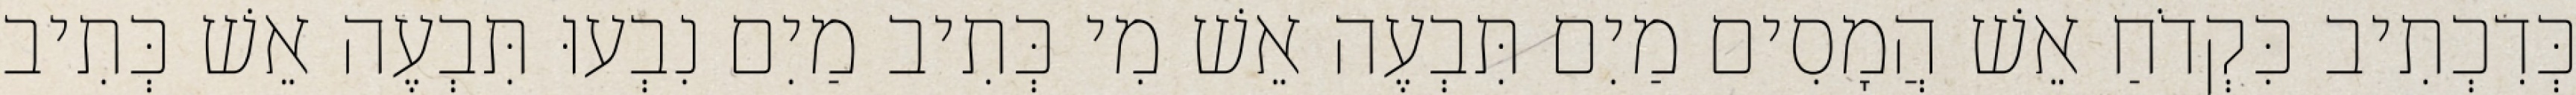
כְּדִכְתִיב כִּקְדֹחַ אֵשׁ הֲמָסִים מַיִם תִּבְעֶה אֵשׁ מִי כְּתִיב מַיִם נִבְעוּ תִּבְעֶה אֵשׁ כְּתִיב